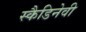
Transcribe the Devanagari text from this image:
स्कैडिनेवी